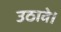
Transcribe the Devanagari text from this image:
उठावे।